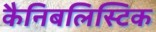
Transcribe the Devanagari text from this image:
कैनिबलिस्टिक